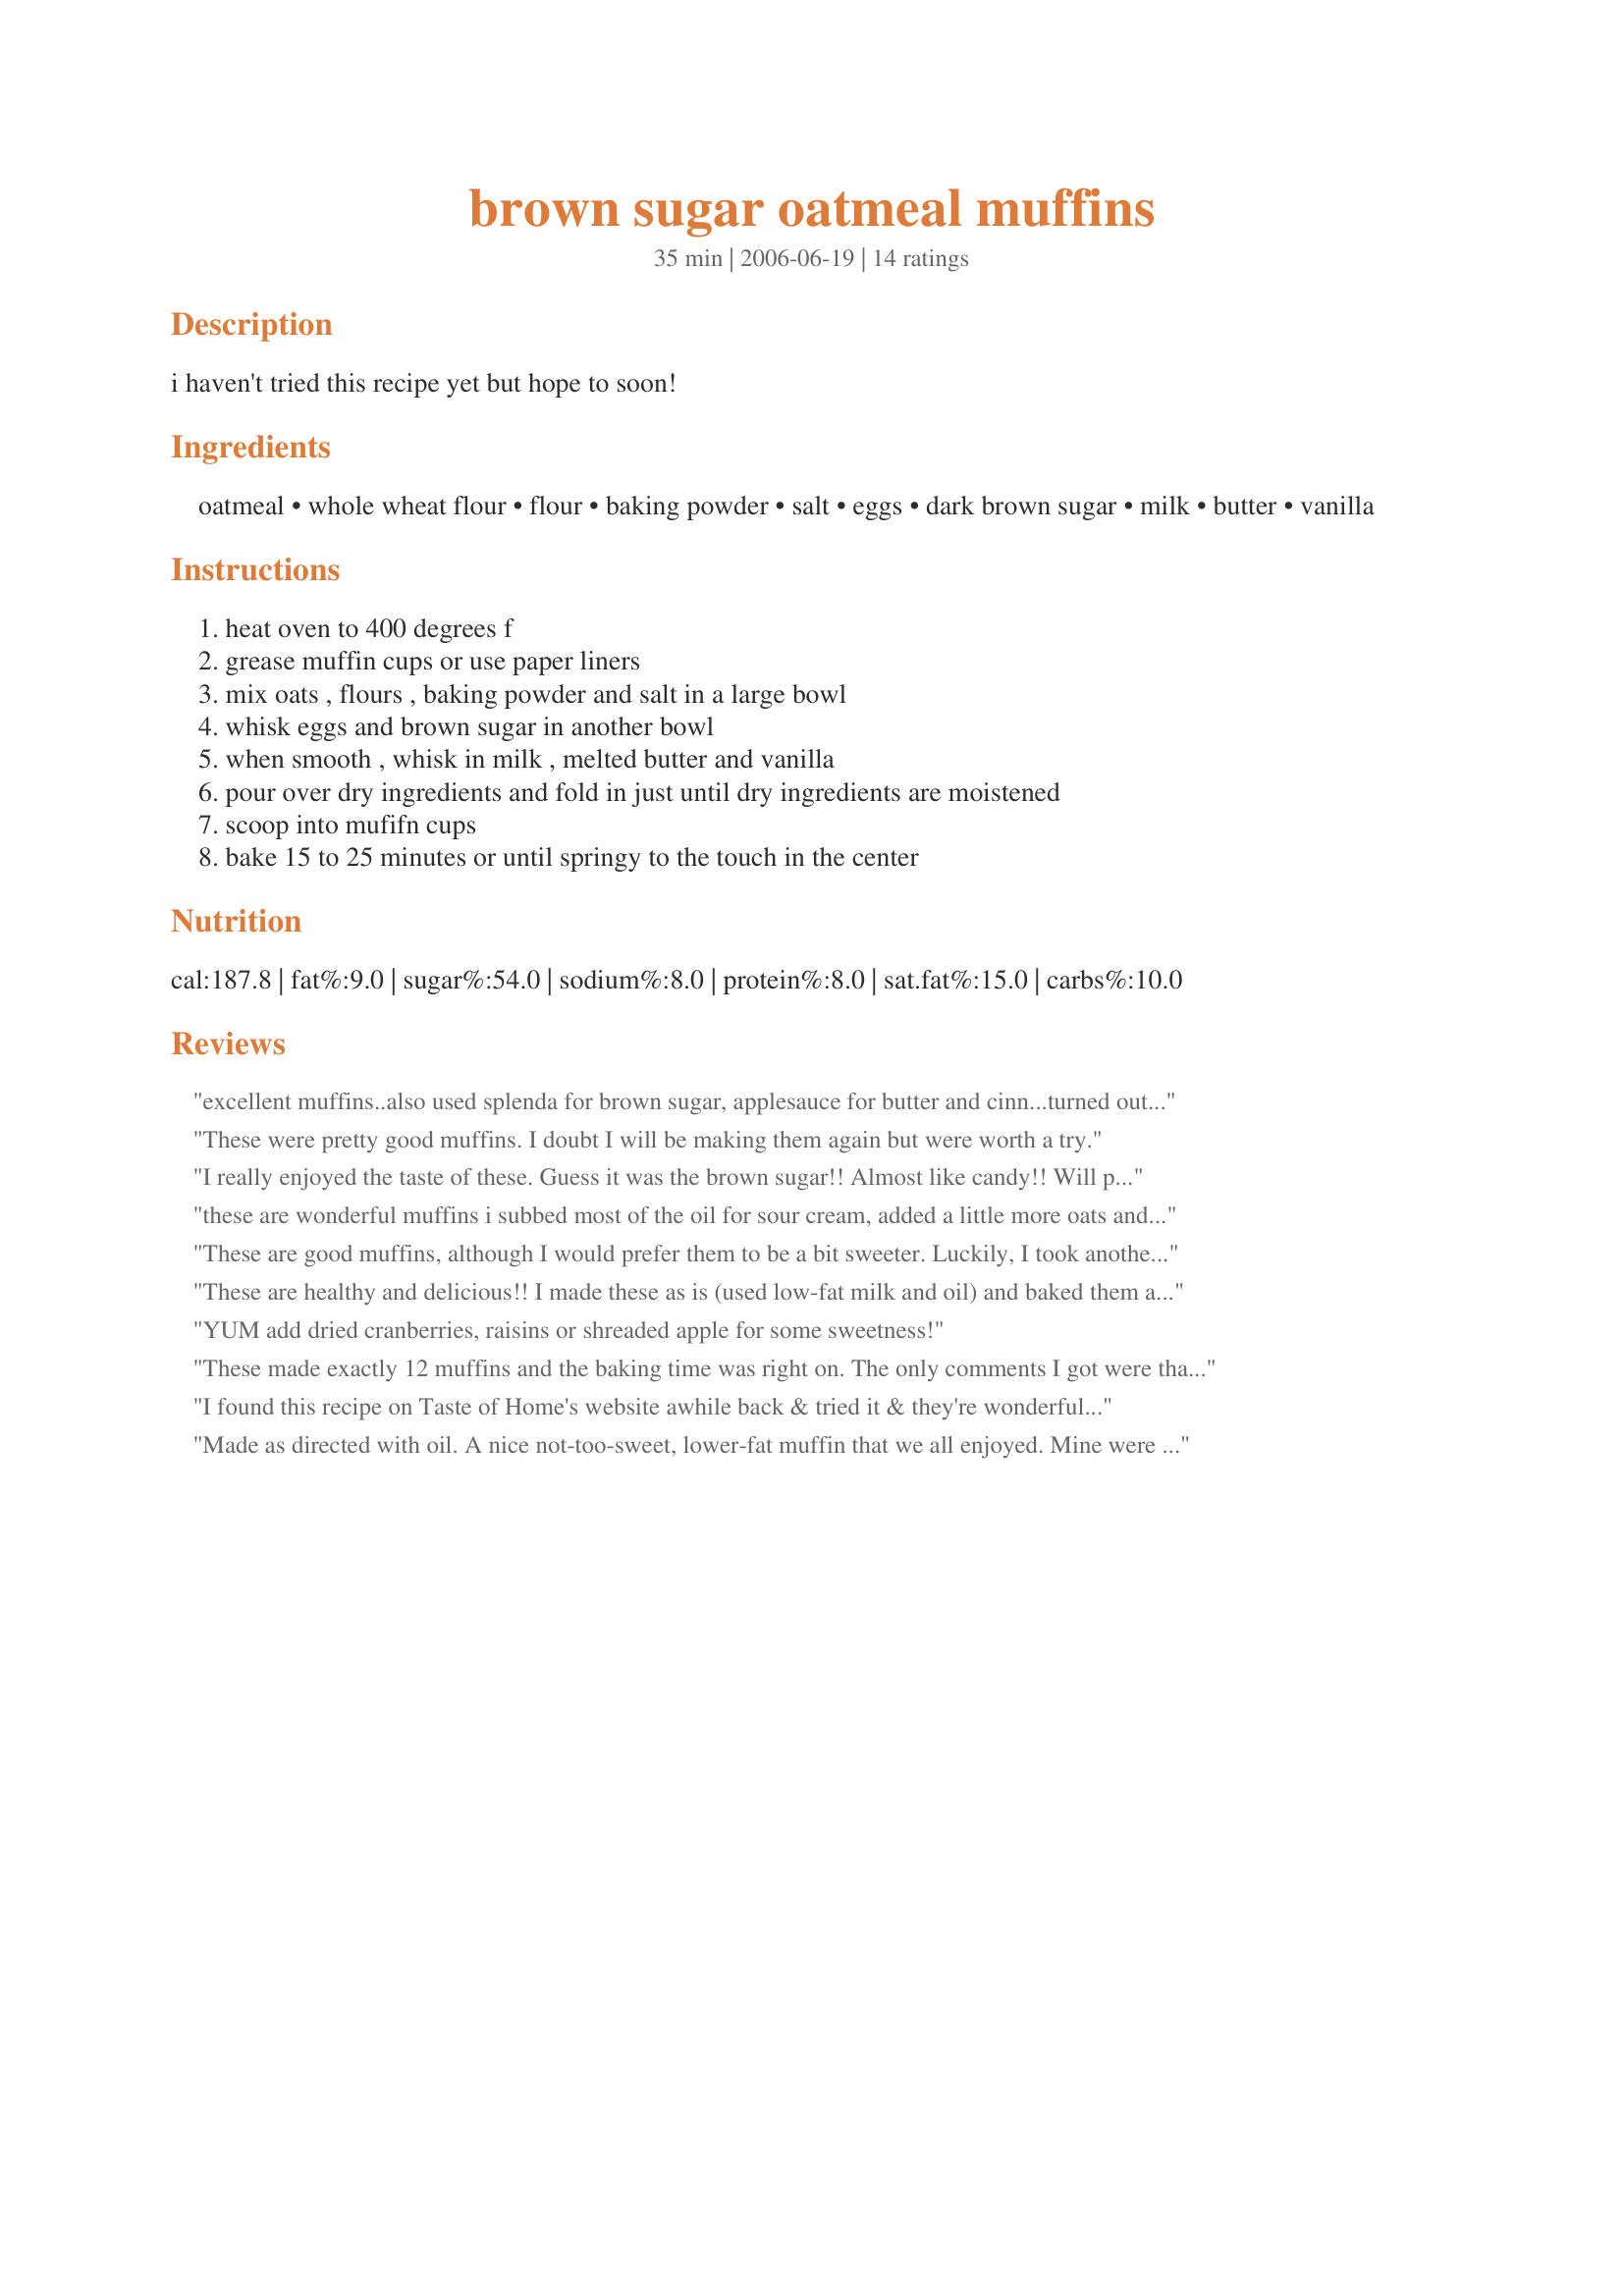
brown sugar oatmeal muffins
Preparation time: 35 minutes

i haven't tried this recipe yet but hope to soon!

Ingredients:
oatmeal, whole wheat flour, flour, baking powder, salt, eggs, dark brown sugar, milk, butter, vanilla

Steps:
heat oven to 400 degrees f, grease muffin cups or use paper liners, mix oats , flours , baking powder and salt in a large bowl, whisk eggs and brown sugar in another bowl, when smooth , whisk in milk , melted butter and vanilla, pour over dry ingredients and fold in just until dry ingredients are moistened, scoop into mufifn cups, bake 15 to 25 minutes or until springy to the touch in the center

Reviews:
excellent muffins..also used splenda for brown sugar, applesauce for butter and cinn...turned out great and wife loved the almost "weightwatchers" points..lol..Thanks
These were pretty good muffins. I doubt I will be making them again but were worth a try.
I really enjoyed the taste of these. Guess it was the brown sugar!! Almost like candy!! Will probably do a double batch next time. I love having good frozen muffins on hand. Thanks for the post.
these are wonderful muffins i subbed most of the oil for sour cream, added a little more oats and wheat flour to eliminate the white flour and added some chopped walnuts and raisons (that i soaked in boiling water to soften) then mixed some brown sugar and cinnamon to sprinkle on top. my husband said they tasted like they were made in a fancy bakery.. they smell wonderful baking. mine were done in 14 min.
These are good muffins, although I would prefer them to be a bit sweeter. Luckily, I took another's reviewers suggestion and sprinkled a brown sugar/cinnamon combo that helped a bit. They do have a good flavor, though, and it's nice having a recipe that uses staple pantry ingredients. The best part is that my 2-yr-old and 4-yr-old both ate them up!
These are healthy and delicious!! I made these as is (used low-fat milk and oil) and baked them at 350F for 20 minutes. They came out perfect! I added some dark chocolate chips... to make them a little less healthy!! ;) Thanks Michelle! Brought them to the office and got the thumbs up from everybody!!
YUM add dried cranberries, raisins or shreaded apple for some sweetness!
These made exactly 12 muffins and the baking time was right on. The only comments I got were that they were good but a little crumbly. I used white flour and added in 1/2 cup wheat bran as I was out of whole wheat flour. That substitution may have contributed to the crumbliness. My only real suggestion would be to add cinnamon or a combination of spices for added flavor. Made for Switzerland Dessert Challenge during ZWT 7.
I found this recipe on Taste of Home's website awhile back & tried it & they're wonderful! I used whole wheat pastry flour for the white flour & applesauce for the butter. I also added some Splenda & cinn for added flavor.
Made as directed with oil. A nice not-too-sweet, lower-fat muffin that we all enjoyed. Mine were done at 15 minutes. Thanks for sharing the recipe!
These were fine, but we weren't overly impressed. I thought the brown sugar taste would come through a little more but it didn't. These do get a nice texture from the oats, though. Since these didn't go over super well, I threw the leftovers into the freezer to take out a little at a time.
The selling feature on making these muffins was reviewers noting they weren't very sweet. Which is a plus in my book. I listened to the one reviewer who added extra oatmeal and whole wheat flour to eliminate the plain flour, and did that. I also added a heaping teaspoon of allspice, and some unsalted but roasted sunflower seeds for crunch. I removed just a little brown sugar and substituted real maple syrup for it. 15 minutes of baking appears to be best; mine were unfortunately baking for 20. Flavor was very good, internal texture decent. And yes, thankfully NOT too sweet!
Very easy to make. I found these quite good. I also chose to bake these ate 350 degrees and for 20 min. The next time I make these I will be adding apple and dried apple to this. Thanks for posting this recipe for us to try.
My highest is three stars for this, I doubled the sugar and they were just barely sweet enough. We can handle less sweet stuff as well, so these were probably pretty savory at the amount of sugar listed. Would add cinnamon as well, for a little spice.
